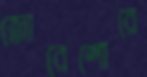
জোরেশোরে